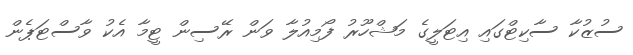
ސުޒުކާ ސާކިޓްގައި އިޓަލީގެ މަޝްހޫރު ފޯމިއުލާ ވަން ރޭސިން ޓީމާ އެކު ވާސްޓަޕެން